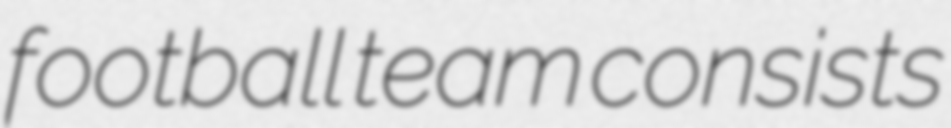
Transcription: football team consists